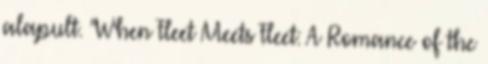
alapult. "When Fleet Meets Fleet: A Romance of the